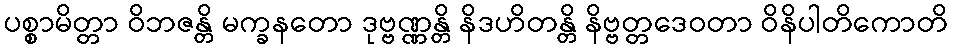
ပစ္စာမိတ္တာ ဝိဘဇန္တိ မက္ခနတော ဒုဗ္ဗဏ္ဏန္တိ နိဒဟိတန္တိ နိဗ္ဗတ္တဒေဝတာ ဝိနိပါတိကောတိ